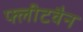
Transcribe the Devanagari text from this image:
फ्लीटवैन